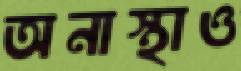
অনাস্থাও